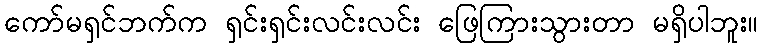
ကော်မရှင်ဘက်က ရှင်းရှင်းလင်းလင်း ဖြေကြားသွားတာ မရှိပါဘူး။